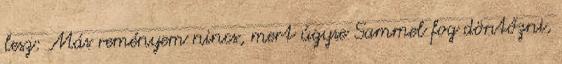
lesz: Más reményem nincs, mert úgyse Sammel fog döntőzni,